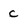
Character: c